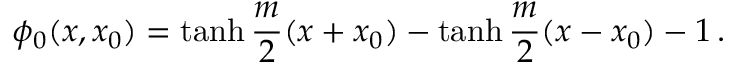
\phi _ { 0 } ( x , x _ { 0 } ) = \operatorname { t a n h } \frac { m } { 2 } ( x + x _ { 0 } ) - \operatorname { t a n h } \frac { m } { 2 } ( x - x _ { 0 } ) - 1 \, .